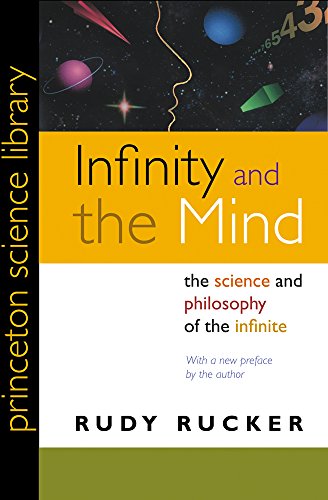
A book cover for Infinity and the Mind: The Science and Philosophy of the Infinite (Princeton Science Library); Rudy Rucker; Science & Math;